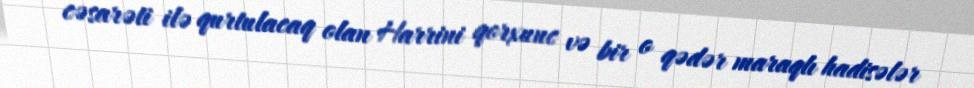
cəsarəti ilə qurtulacaq olan Harrini qorxunc və bir o qədər maraqlı hadisələr